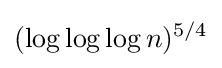
(\log \log \log n)^{5/4}